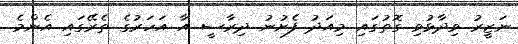
ނަޒީރު ވިދާޅުވި ގޮތުގައި މިއަދު ފެށުނު ދިރާސީ އާ އަހަރުގެ ތެރޭގައި އެންމެ